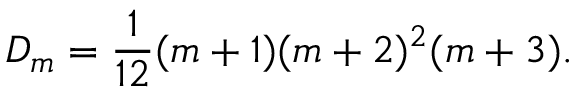
D _ { m } = \frac { 1 } { 1 2 } ( m + 1 ) ( m + 2 ) ^ { 2 } ( m + 3 ) .